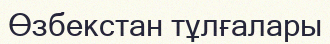
Өзбекстан тұлғалары